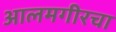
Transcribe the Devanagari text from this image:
आलमगीरचा